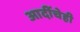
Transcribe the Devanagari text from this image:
आदींचेही